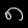
Digit: ၈